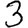
Digit: 3